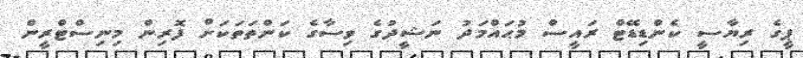
ޕީގެ ރިޔާސީ ކެންޑިޑޭޓް ރައީސް މުޙައްމަދު ނަޝީދުގެ ވިސާގެ ކަންތަތަކަށް ފޮރިން މިނިސްޓްރީން